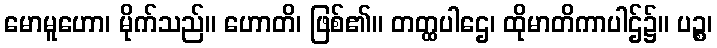
မောမူဟော၊ မိုက်သည်။ ဟောတိ၊ ဖြစ်၏။ တတ္ထပါဌေ၊ ထိုမာတိကာပါဌ်၌။ ပဉ္စ၊